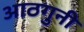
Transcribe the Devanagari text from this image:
आठगुनी